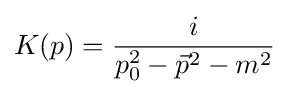
K(p)={\frac {i}{p_{0}^{2}-{\vec {p}}^{2}-m^{2}}}